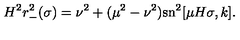
H ^ { 2 } r _ { - } ^ { 2 } ( \sigma ) = \nu ^ { 2 } + ( \mu ^ { 2 } - \nu ^ { 2 } ) \mathrm { s n } ^ { 2 } [ \mu H \sigma , k ] .